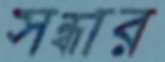
সন্ধার